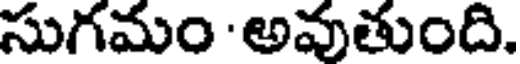
సుగమం 'అవుతుంది.